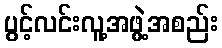
ပွင့်လင်းလူ့အဖွဲ့အစည်း